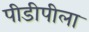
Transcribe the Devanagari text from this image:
पीडीपीला